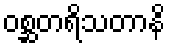
ဝစ္ဆတရိသတာနိ